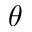
\theta